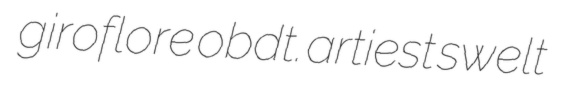
giroflore obdt. artiest swelt